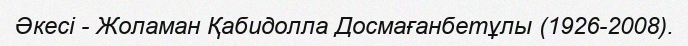
Әкесі - Жоламан Қабидолла Досмағанбетұлы (1926-2008).